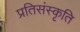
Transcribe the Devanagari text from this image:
प्रतिसंस्कृति